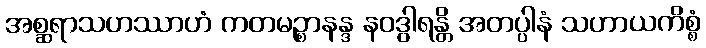
အစ္ဆရာသဟဿာဟံ ကတမဉ္စာနန္ဒ နဝဒွါရန္တိ အတပ္ပါနံ သဟာယကိစ္စံ